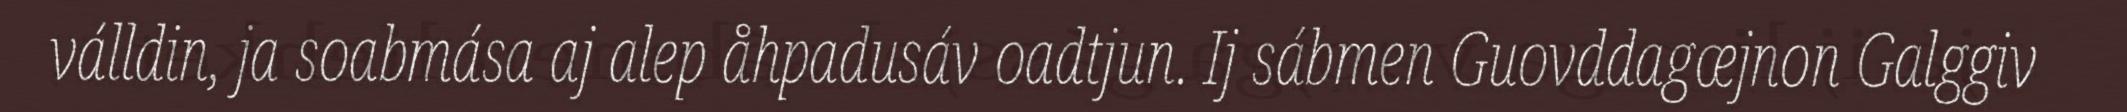
válldin, ja soabmása aj alep åhpadusáv oadtjun. Ij sábmen Guovddagæjnon Galggiv